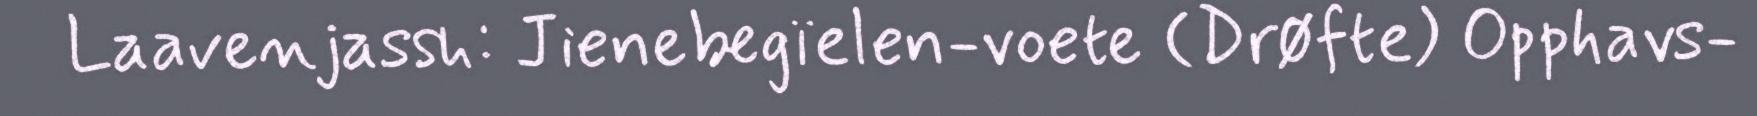
Laavenjassh: Jienebegïelen-voete (Drøfte) Opphavs-